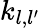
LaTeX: k_{l,l^{\prime}}